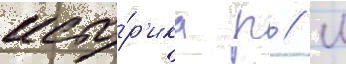
исто́р'ика р // М